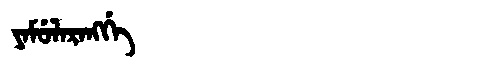
Manchu: ᠶᠠᠮᡠᠯᠠᡵᠠᠩᡤᡝ
Romanization: YAMULARANGGE